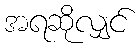
အရဆိုလျှင်